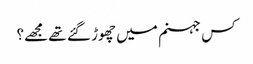
کس جہنم میں چھوڑ گئے تھے مجھے؟